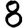
Digit: 8